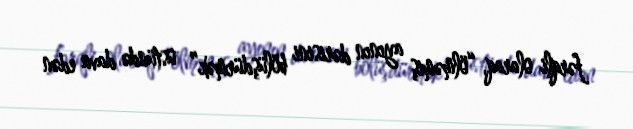
fərqli olaraq, “ölməmiş ayının dərisini bölüşdürmək” üstündə dava edən